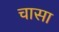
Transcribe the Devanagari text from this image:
चासा